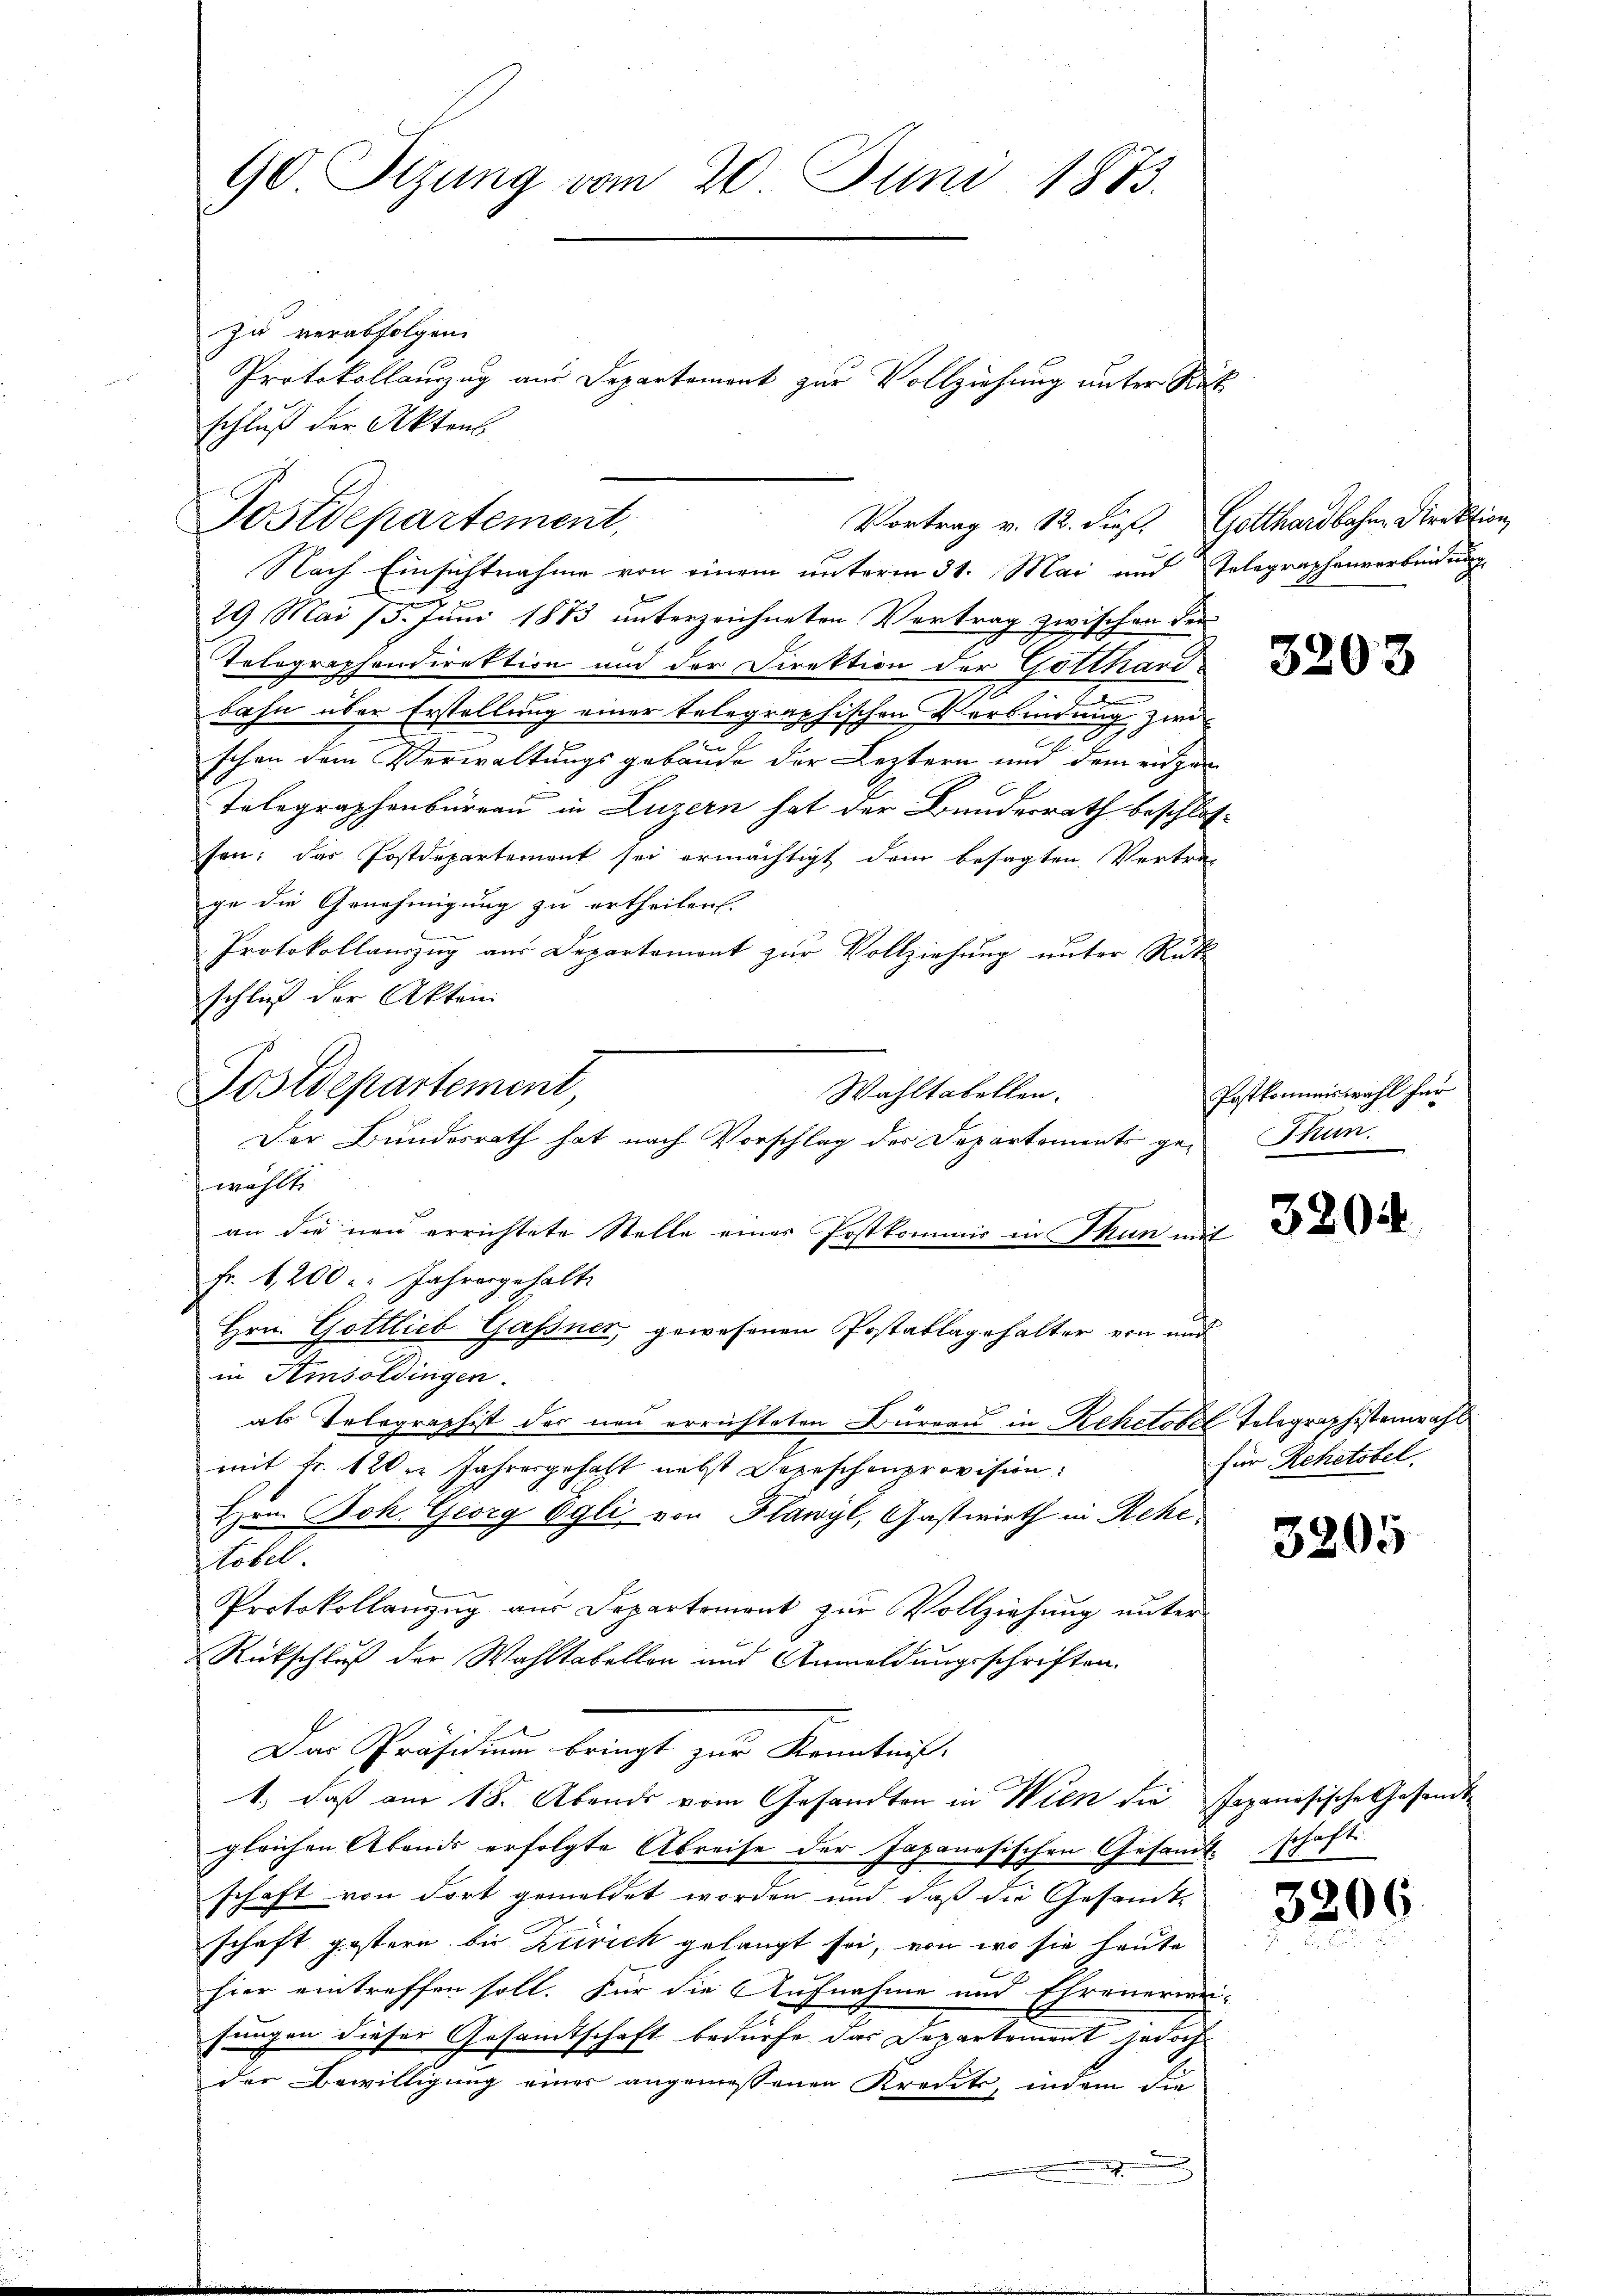
90 Sizung vom 20. Juni 1883.

Postdepartement,

Postdepartement,

zu verabfolgen.
schluß der Aktens
Vortrag v. 18. Sies. Gotthardbahne Direktion,
Nach Einsichtnahme von einem unterm 31. Mai und Telegraphenverbindung
29 Mai 15. Juni 1873 unterzeichneten Vertrag zwischen der
Telographendirektion und der Direktion der Gotthard¬
9
bahn über Erstellung einer telegraphischen Verbindung zwid
2.
schon dem Verwaltungsgebäude der Leztern und dem einger
Telegraphenbureau in Luzern hat der Bundesrath beschlosfen: das Postdepartement sei ermächtigt dem besagten Vertra-
ge die Genehmigung zu ertheilen.
Protokollauszug aus Departement zur Vollziehung unter Rüt
schluß der Akten.
Wahltatellen.
Der Bundesrath hat nach Vorschlag des Departements ge- Thun.
wählt.
an die neu errichtete Stelle eines Postkommis in Thun mit
Fr. 1200 r. Jahresgehalte
Hrn. Gottlieb Gassner, gewesenen Postablagehalter von und
in Amsoldingen.
als Telegraphist der neu errichteten Büreau in Rehctobel Telegraphistenwahl
mit Fr. 120 r Jahresgehalt nebst Depeschenprovision:
Hrn. Joh. Georg Egli, von Flawyl, Gastwirth in Rehe¬
Möbel
Protokollanzug aus Departement zur Vollziehung unter
Rückschluß der Wahltabellen und Anmeldungsschriften.
Das Präsidium bringt zur Kenntniß.
1.) daß am 18. Abends vom Gesandten in Wien die Japanesische Gesandt
gleichen Abends erfolgte Abreise der Japanesischen Gesandtschaft
schaft von dort gemeldet worden und daß die Gesandte
schaft gestern bis Zürich gelangt sei, von wo sie heute
hier eintreffen soll. Für die Aufnahme und Ehrenerme
sungen dieser Gesandtschaft bedürfe das Departement jedoch
der Bewilligung einer angemessenen Kredit, indem die
u

Protokollauszug aus Departement zur Vollziehung unter Rit

3203

Postkommiswahl für

2

1.

3204

für Rehetobel.

3205

3206